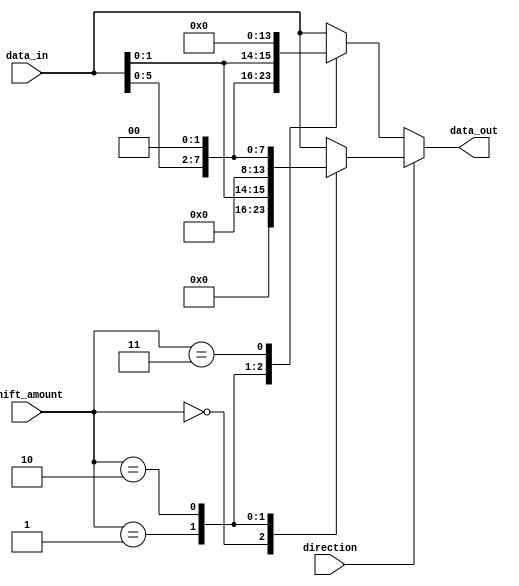
module barrel_shifter (
    input wire [7:0] data_in, // 8-bit input data 
    input wire [2:0] shift_amount, // 3-bit shift amount
    input wire direction, // 1-bit direction control (0 = left shift, 1 = right shift)
    output reg [7:0] data_out // 8-bit shifted output data
);

// Declare internal wires and registers
reg [7:0] shift_data [3:0]; // Array to store intermediate shift results
reg [2:0] i; // Loop counter

// Initialize shift_data array with input data
always @ (data_in)
begin
    shift_data[0] = data_in;
    for (i=1; i<4; i=i+1)
    begin
        shift_data[i] = shift_data[i-1] << (2**i);
    end
end

// Perform barrel shifting
always @ (data_in, shift_amount, direction)
begin
    if (direction == 0) // Left shift
    begin
        case(shift_amount)
            3'b000: data_out = shift_data[0];
            3'b001: data_out = shift_data[1];
            3'b010: data_out = shift_data[2];
            3'b011: data_out = shift_data[3];
            default: data_out = data_in; // No shift
        endcase
    end
    else // Right shift
    begin
        case(shift_amount)
            3'b000: data_out = shift_data[3];
            3'b001: data_out = shift_data[2];
            3'b010: data_out = shift_data[1];
            3'b011: data_out = shift_data[0];
            default: data_out = data_in; // No shift
        endcase
    end
end

endmodule